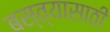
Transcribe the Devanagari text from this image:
बस्त्यासाठी